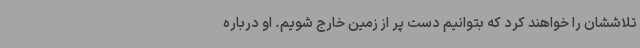
تلاششان را خواهند کرد که بتوانیم دست پر از زمین خارج شویم. او درباره